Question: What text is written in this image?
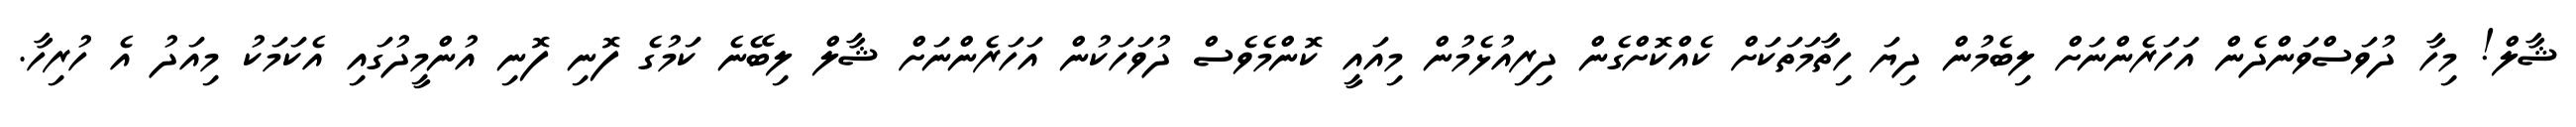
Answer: ޝާލް! މިހާ ދުވަސްވަންދެން އަހަރެންނަށް ލިބެމުން ދިޔަ ހިތާމަތަކަށް ކެއްކޮށްގެން ދިރިއުޅެމުން މިއައީ ކޮންމެވެސް ދުވަހަކުން އަހަރެންނަށް ޝާލް ލިބޭނެ ކަމުގެ ފޮނި ފޮނި އުންމީދުގައި އެކަމަކު މިއަދު އެ ހުރިހާ.